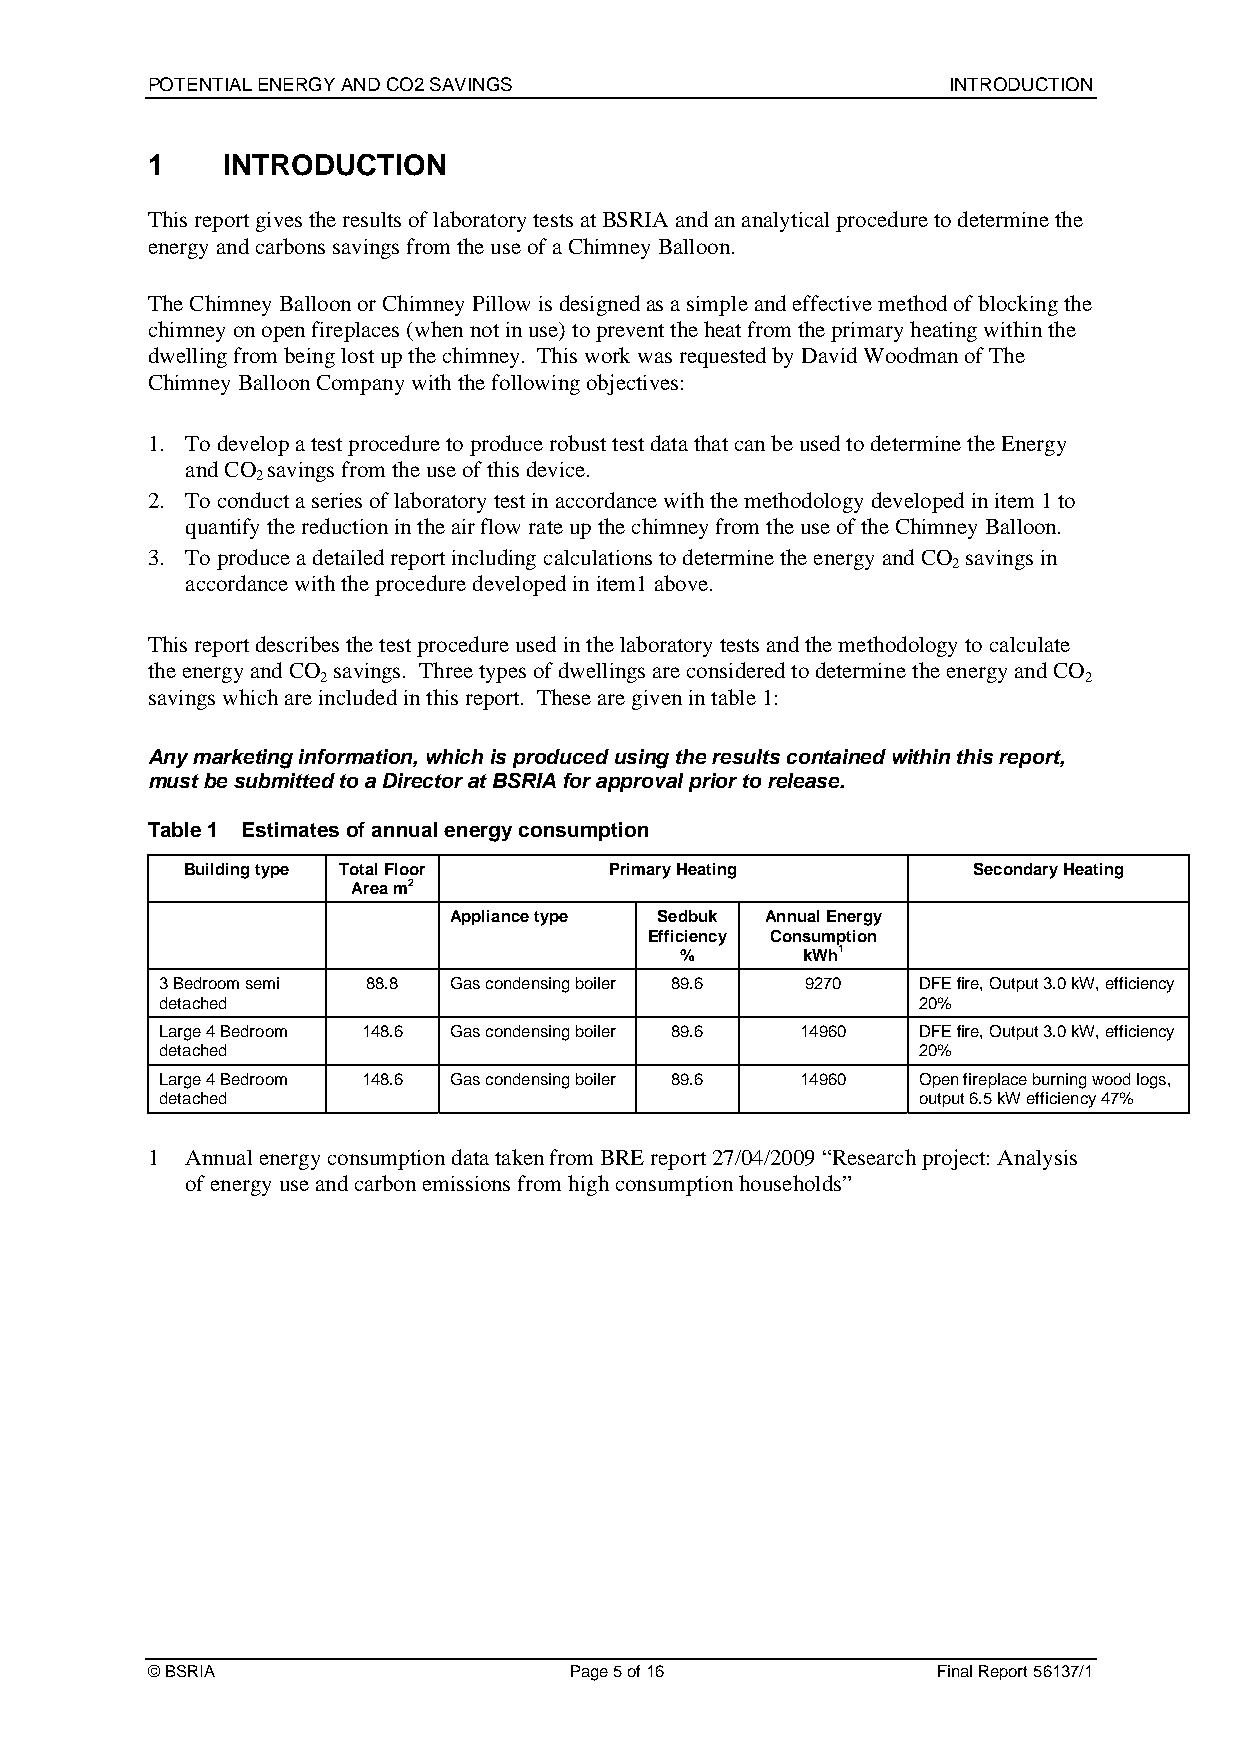
POTENTIAL ENERGY AND CO2 SAVINGS                     INTRODUCTION
 1    INTRODUCTION
 This report gives the results of laboratory tests at BSRIA and an analytical procedure to determine the
 energy and carbons savings from the use of a Chimney Balloon.
 The Chimney Balloon or Chimney Pillow is designed as a simple and effective method of blocking the
 chimney on open fireplaces (when not in use) to prevent the heat from the primary heating within the
 dwelling from being lost up the chimney. This work was requested by David Woodman of The
 Chimney Balloon Company with the following objectives:
 1. To develop a test procedure to produce robust test data that can be used to determine the Energy
 and CO savings from the use of this device.
 2
 2. To conduct a series of laboratory test in accordance with the methodology developed in item 1 to
 quantify the reduction in the air flow rate up the chimney from the use of the Chimney Balloon.
 3. To produce a detailed report including calculations to determine the energy and CO savings in
 2
 accordance with the procedure developed in item1 above.
 This report describes the test procedure used in the laboratory tests and the methodology to calculate
 the energy and CO savings. Three types of dwellings are considered to determine the energy and CO
 2                                                  2
 savings which are included in this report. These are given in table 1:
 Any marketing information, which is produced using the results contained within this report,
 must be submitted to a Director at BSRIA for approval prior to release.
 Table 1 Estimates of annual energy consumption
 Building type Total Floor   Primary Heating         Secondary Heating
 Area m2
 Appliance type Sedbuk Annual Energy
 Efficiency Consumption
 %       kWh1
 3 Bedroom semi 88.8 Gas condensing boiler 89.6 9270 DFE fire, Output 3.0 kW, efficiency
 detached                                          20%
 Large 4 Bedroom 148.6 Gas condensing boiler 89.6 14960 DFE fire, Output 3.0 kW, efficiency
 detached                                          20%
 Large 4 Bedroom 148.6 Gas condensing boiler 89.6 14960 Open fireplace burning wood logs,
 detached                                          output 6.5 kW efficiency 47%
 1 Annual energy consumption data taken from BRE report 27/04/2009 “Research project: Analysis
 of energy use and carbon emissions from high consumption households”
 © BSRIA                     Page 5 of 16            Final Report 56137/1